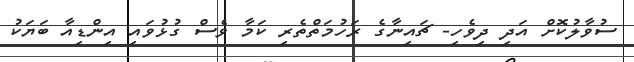
ސުވާލުކޮށް އަދި ދިވެހި- ޗައިނާގެ ރަހުމަތްތެރި ކަމާ ވެސް ގުޅުވައި އިންޑިއާ ބަޔަކު